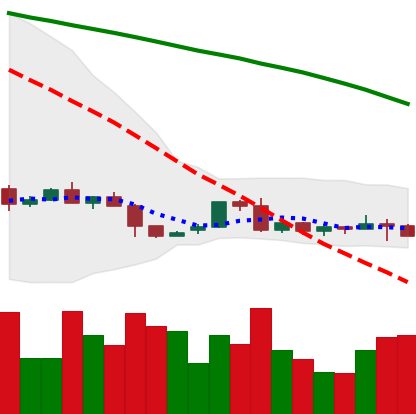
Ticker: LTC-USD
Chart end date: 2022-06-08
Forward return: -29.646%
Label: down_7plus